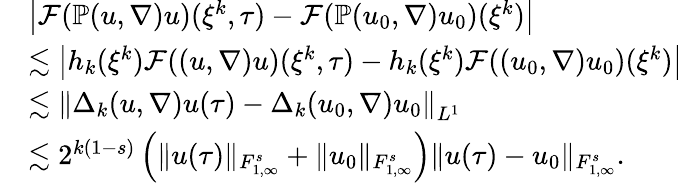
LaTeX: \begin{array}{rl}&{\left|\mathcal{F}(\mathbb{P}(u,\nabla)u)(\xi^{k},\tau)-\mathcal{F}(\mathbb{P}(u_{0},\nabla)u_{0})(\xi^{k})\right|}\\ &{\lesssim\left|h_{k}(\xi^{k})\mathcal{F}((u,\nabla)u)(\xi^{k},\tau)-h_{k}(\xi^{k})\mathcal{F}((u_{0},\nabla)u_{0})(\xi^{k})\right|}\\ &{\lesssim\left\| \Delta_{k}(u,\nabla)u(\tau)-\Delta_{k}(u_{0},\nabla)u_{0}\right\| _{L^{1}}}\\ &{\lesssim 2^{k(1-s)}\left(\| u(\tau)\| _{{F}_{1,\infty}^{s}}+\| u_{0}\| _{{F}_{1,\infty}^{s}}\right)\| u(\tau)-u_{0}\| _{{F}_{1,\infty}^{s}}.}\end{array}